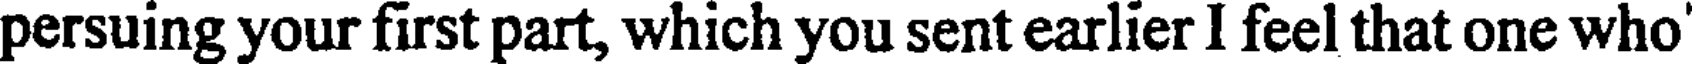
persuing your first part, which you sent earlier I feel that one who